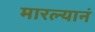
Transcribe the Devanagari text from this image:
मारल्यानं